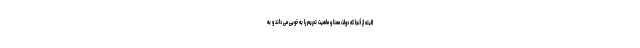
البته از آنجا که دولت معنا و ماهیت تحریم را به خوبی می داند و به